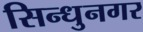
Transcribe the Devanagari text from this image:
सिन्धुनगर